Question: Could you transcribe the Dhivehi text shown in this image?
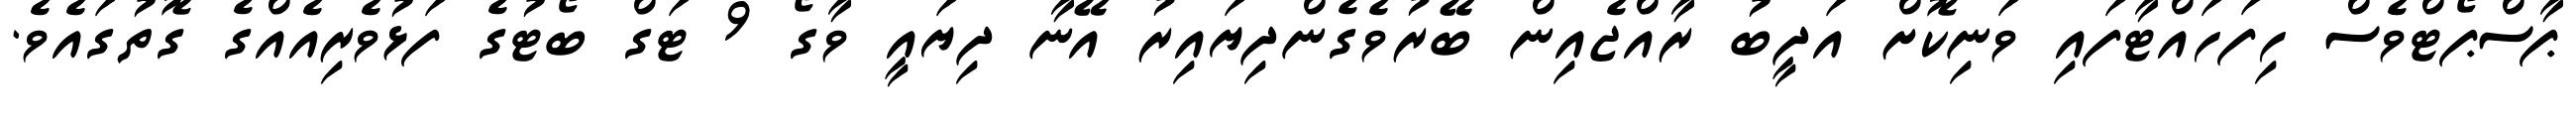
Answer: ޕާސްޕޯޓްވެސް ހިފަހައްޓާފައި ވަނިކޮށް އަދީބު ރާއްޖެއިން ބޭރުވެގެންދިޔައިރު އޭނާ ދިޔައީ ވާގޯ 9 ޓަގް ބޯޓުގެ ފަޅުވެރިއެއްގެ ގޮތުގައެވެ.